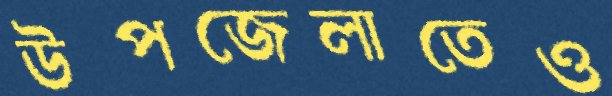
উপজেলাতেও